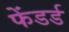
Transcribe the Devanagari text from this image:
फेंडर्ड